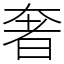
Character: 奢